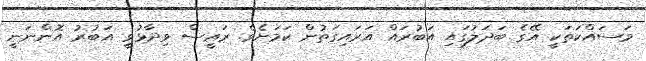
މަސައްކަތަކީ އޭގެ ބަދަލުގައި އަބުރައް އަރައިގަތުން ކަމަށެވެ. ރައީސް ވިދާޅުވީ އަބުރު އޮންނަނީ